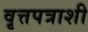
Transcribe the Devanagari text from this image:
वृत्तपत्राशी